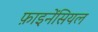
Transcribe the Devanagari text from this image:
फ़ाइनेंसियल